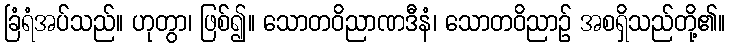
ခြံရံအပ်သည်။ ဟုတွာ၊ ဖြစ်၍။ သောတဝိညာဏဒီနံ၊ သောတဝိညာဉ် အစရှိသည်တို့၏။